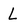
Character: L